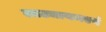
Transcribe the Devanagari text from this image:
लाट्यायनएवं